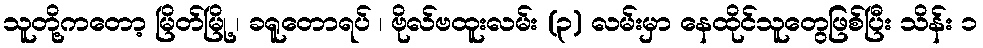
သူတို့ကတော့ မြိတ်မြို့ ၊ ခရူတောရပ် ၊ ဗိုလ်ဗထူးလမ်း (၃) လမ်းမှာ နေထိုင်သူတွေဖြစ်ပြီး သိန်း ၁